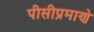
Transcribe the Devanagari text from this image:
पीसीप्रमाणे